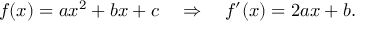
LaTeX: f ( x ) = a x ^ { 2 } + b x + c \quad \Rightarrow \quad f ^ { \prime } ( x ) = 2 a x + b \, \! .